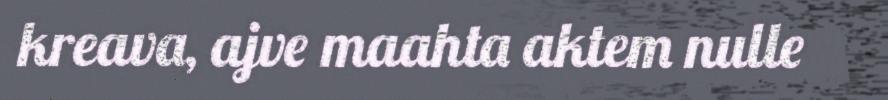
kreava, ajve maahta aktem nulle